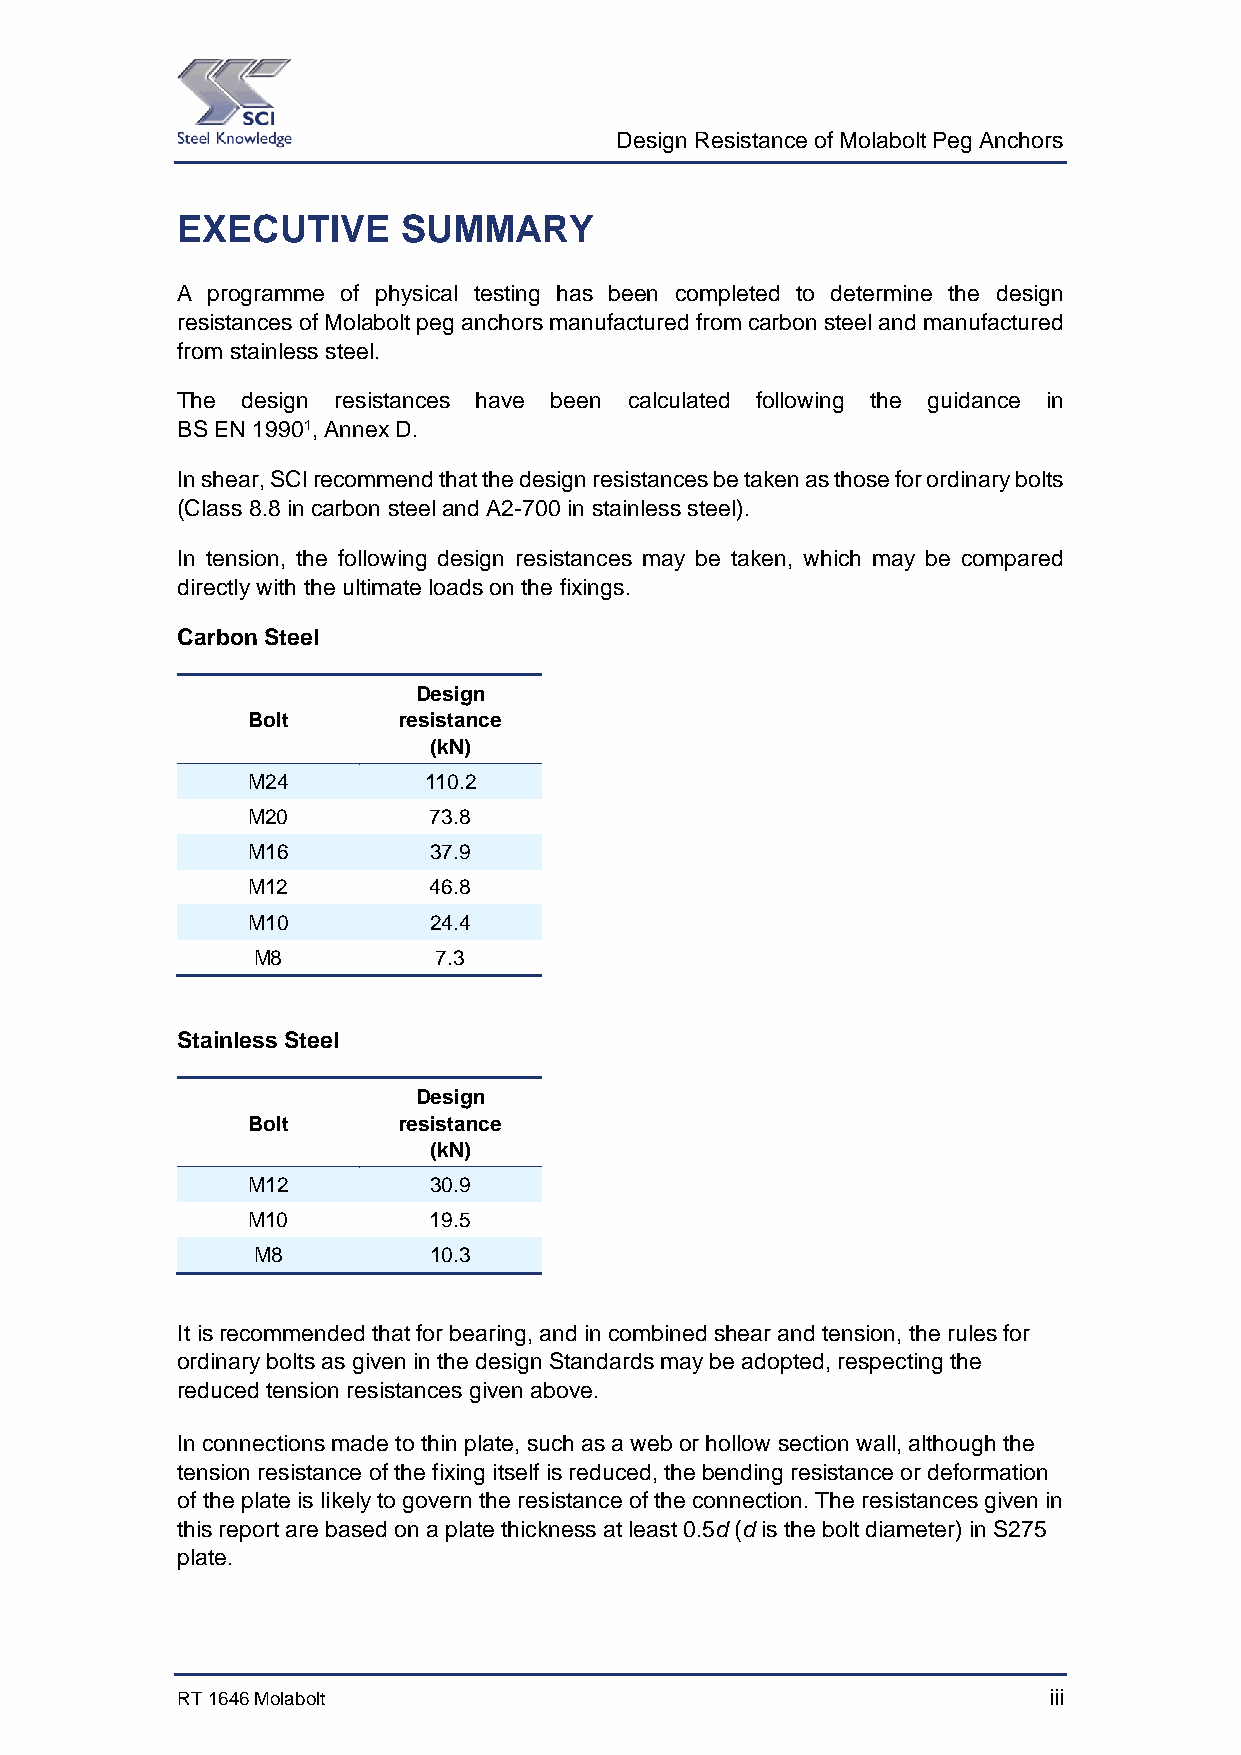
Design Resistance of Molabolt Peg Anchors
 EXECUTIVE     SUMMARY
 A programme of physical testing has been completed to determine the design
 resistances of Molabolt peg anchors manufactured from carbon steel and manufactured
 from stainless steel.
 The design resistances have been calculated following the guidance in
 BS EN 19901, Annex D.
 In shear, SCI recommend that the design resistances be taken as those for ordinary bolts
 (Class 8.8 in carbon steel and A2-700 in stainless steel).
 In tension, the following design resistances may be taken, which may be compared
 directly with the ultimate loads on the fixings.
 Carbon Steel
 Design
 Bolt      resistance
 (kN)
 M24         110.2
 M20         73.8
 M16         37.9
 M12         46.8
 M10         24.4
 M8          7.3
 Stainless Steel
 Design
 Bolt      resistance
 (kN)
 M12         30.9
 M10         19.5
 M8         10.3
 It is recommended that for bearing, and in combined shear and tension, the rules for
 ordinary bolts as given in the design Standards may be adopted, respecting the
 reduced tension resistances given above.
 In connections made to thin plate, such as a web or hollow section wall, although the
 tension resistance of the fixing itself is reduced, the bending resistance or deformation
 of the plate is likely to govern the resistance of the connection. The resistances given in
 this report are based on a plate thickness at least 0.5d (d is the bolt diameter) in S275
 plate.
 RT 1646 Molabolt                                         iii